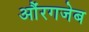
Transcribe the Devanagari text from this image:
औंरगजेब